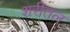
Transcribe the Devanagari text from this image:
शरीतल